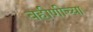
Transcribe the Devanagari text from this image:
बहीणीच्या